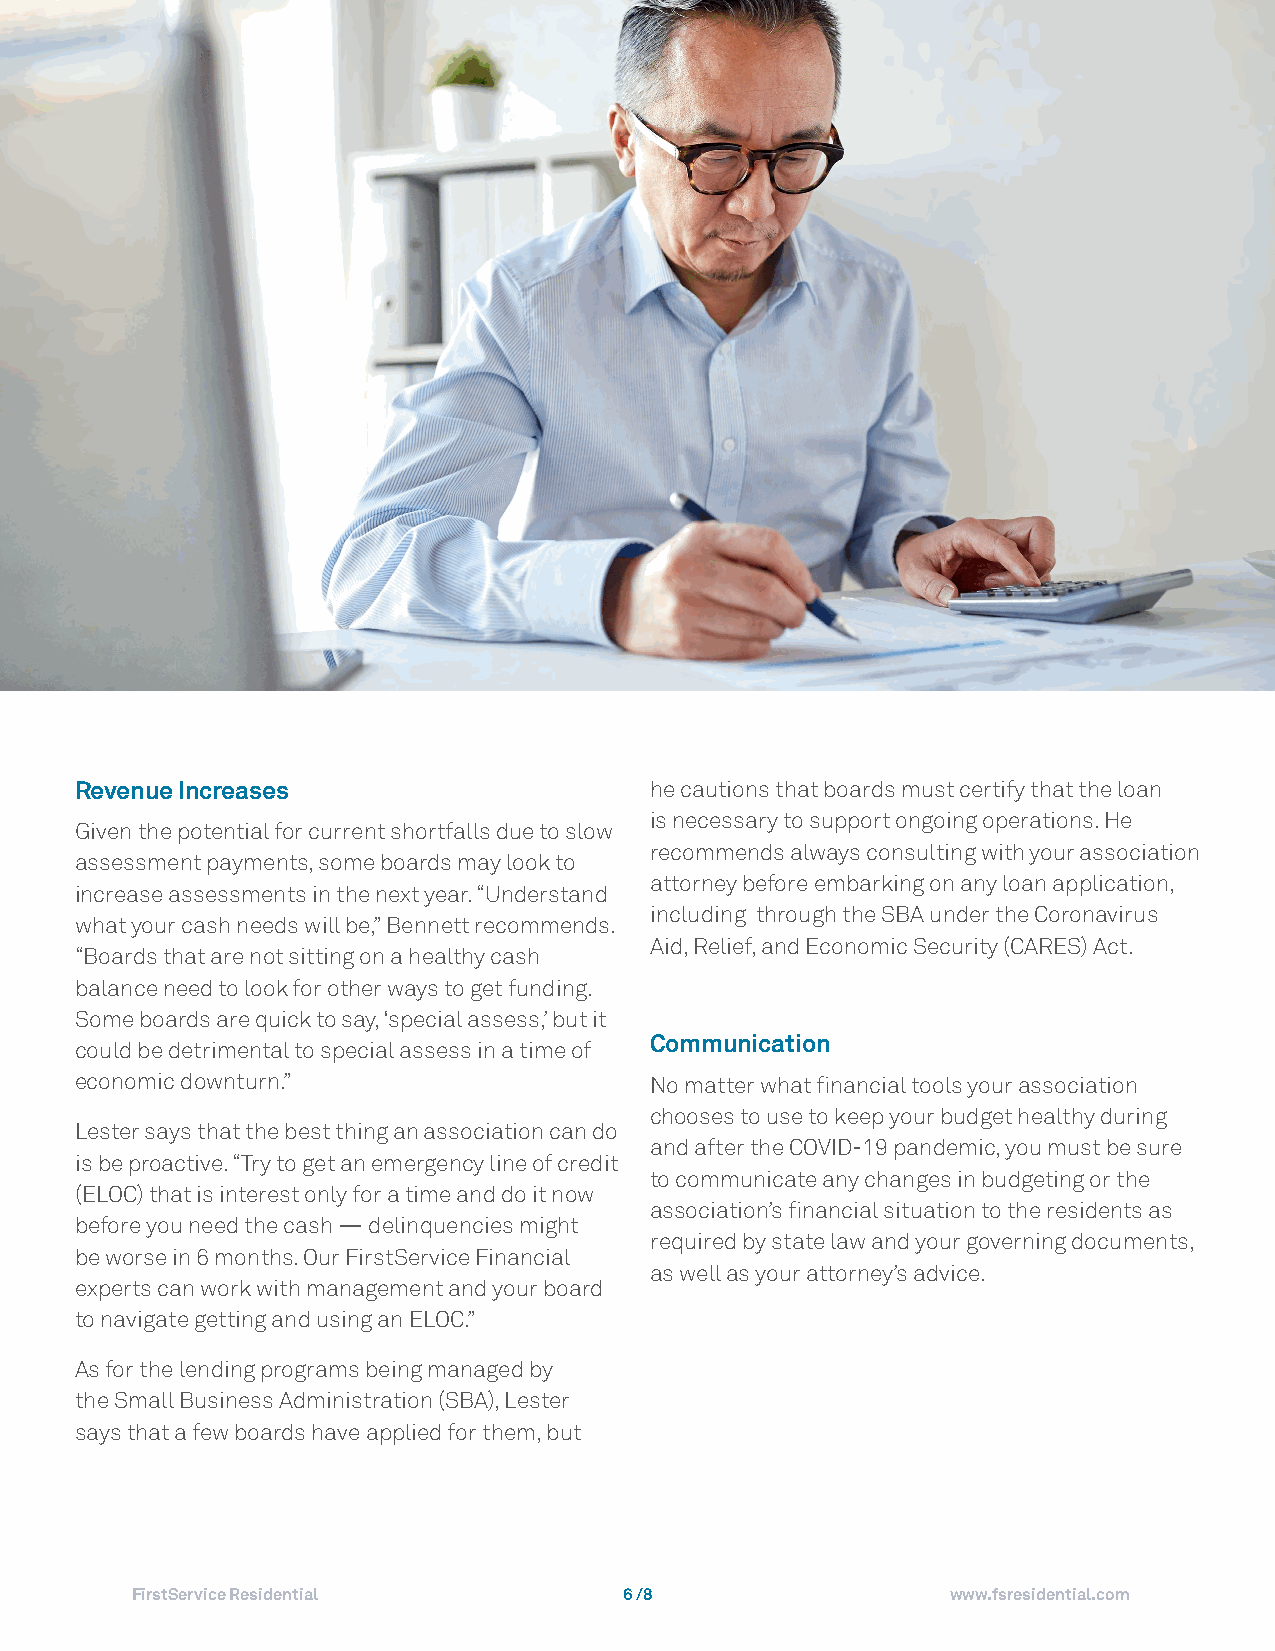
Maximizing Your Association Budget
 Revenue Increases                     he cautions that boards must certify that the loan
 is necessary to support ongoing operations. He
 Given the potential for current shortfalls due to slow
 recommends always consulting with your association
 assessment payments, some boards may look to
 attorney before embarking on any loan application,
 increase assessments in the next year. “Understand
 including through the SBA under the Coronavirus
 what your cash needs will be,” Bennett recommends.
 Aid, Relief, and Economic Security (CARES) Act.
 “Boards that are not sitting on a healthy cash
 balance need to look for other ways to get funding.
 Some boards are quick to say, ‘special assess,’ but it
 Communication
 could be detrimental to special assess in a time of
 economic downturn.”                   No matter what financial tools your association
 chooses to use to keep your budget healthy during
 Lester says that the best thing an association can do
 and after the COVID-19 pandemic, you must be sure
 is be proactive. “Try to get an emergency line of credit
 to communicate any changes in budgeting or the
 (ELOC) that is interest only for a time and do it now
 association’s financial situation to the residents as
 before you need the cash — delinquencies might
 required by state law and your governing documents,
 be worse in 6 months. Our FirstService Financial
 as well as your attorney’s advice.
 experts can work with management and your board
 to navigate getting and using an ELOC.”
 As for the lending programs being managed by
 the Small Business Administration (SBA), Lester
 says that a few boards have applied for them, but
 FirstService Residential        6 /8                  www.fsresidential.com